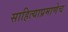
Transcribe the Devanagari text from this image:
साहित्याप्रमाणेच